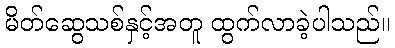
မိတ်ဆွေသစ်နှင့်အတူ ထွက်လာခဲ့ပါသည်။